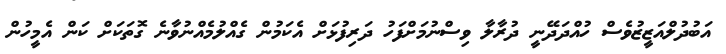
އަބުދުލްއަޒީޒުވެސް ހުއްދަދޭނީ ދުރާލާ ވިސްނުމަށްފަހު ދަރިފުޅަށް އެކަމުން ގެއްލުމެއްނުވާނެ ގޮތަކަށް ކަން އެމީހުން